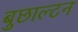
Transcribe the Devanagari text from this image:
बुछाल्टन